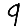
Digit: 9